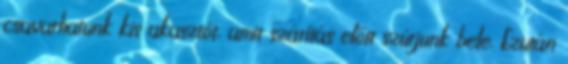
csavarhatunk kis akasztót, amit szárítás előtt szúrjunk bele. Ezután